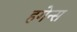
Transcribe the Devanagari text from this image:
हगेन्स